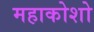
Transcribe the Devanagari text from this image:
महाकोशो